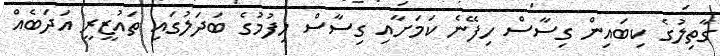
ގާތިލުގެ ކިބައިން ގިސާސް ހިފޭނެ ކަމަށާއި ގިސާސް ހިފުމުގެ ބަދަލުގައި ތައުޒީރީ އަދަބެއް